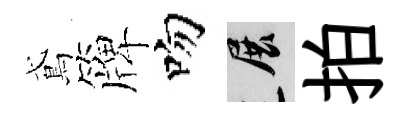
鳶簰吻展拍